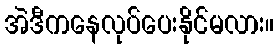
အဲဒီကနေလုပ်ပေးနိုင်မလား။